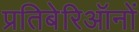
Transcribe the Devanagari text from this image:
प्रतिबेरिऑनों